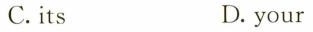
C.its D.your